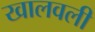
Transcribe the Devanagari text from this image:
खालवली